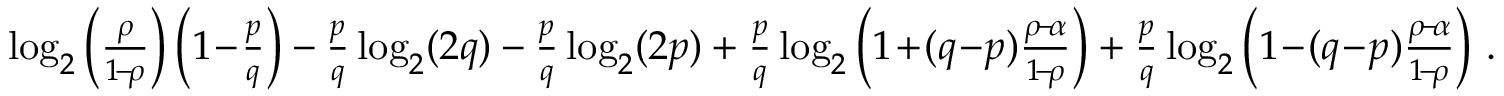
\begin{array} { r } { \log _ { 2 } \left( \frac { \rho } { 1 \! - \! \rho } \right) \left( 1 \! - \! \frac { p } { q } \right) - \frac { p } { q } \log _ { 2 } ( 2 q ) - \frac { p } { q } \log _ { 2 } ( 2 p ) + \frac { p } { q } \log _ { 2 } \left( 1 \! + \! ( q \! - \! p ) \frac { \rho \! - \! \alpha } { 1 \! - \! \rho } \right) + \frac { p } { q } \log _ { 2 } \left( 1 \! - \! ( q \! - \! p ) \frac { \rho \! - \! \alpha } { 1 \! - \! \rho } \right) \, . } \end{array}